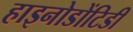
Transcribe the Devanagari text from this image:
हाइनोडोंटिडी